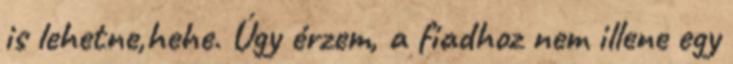
is lehetne,hehe. Úgy érzem, a fiadhoz nem illene egy